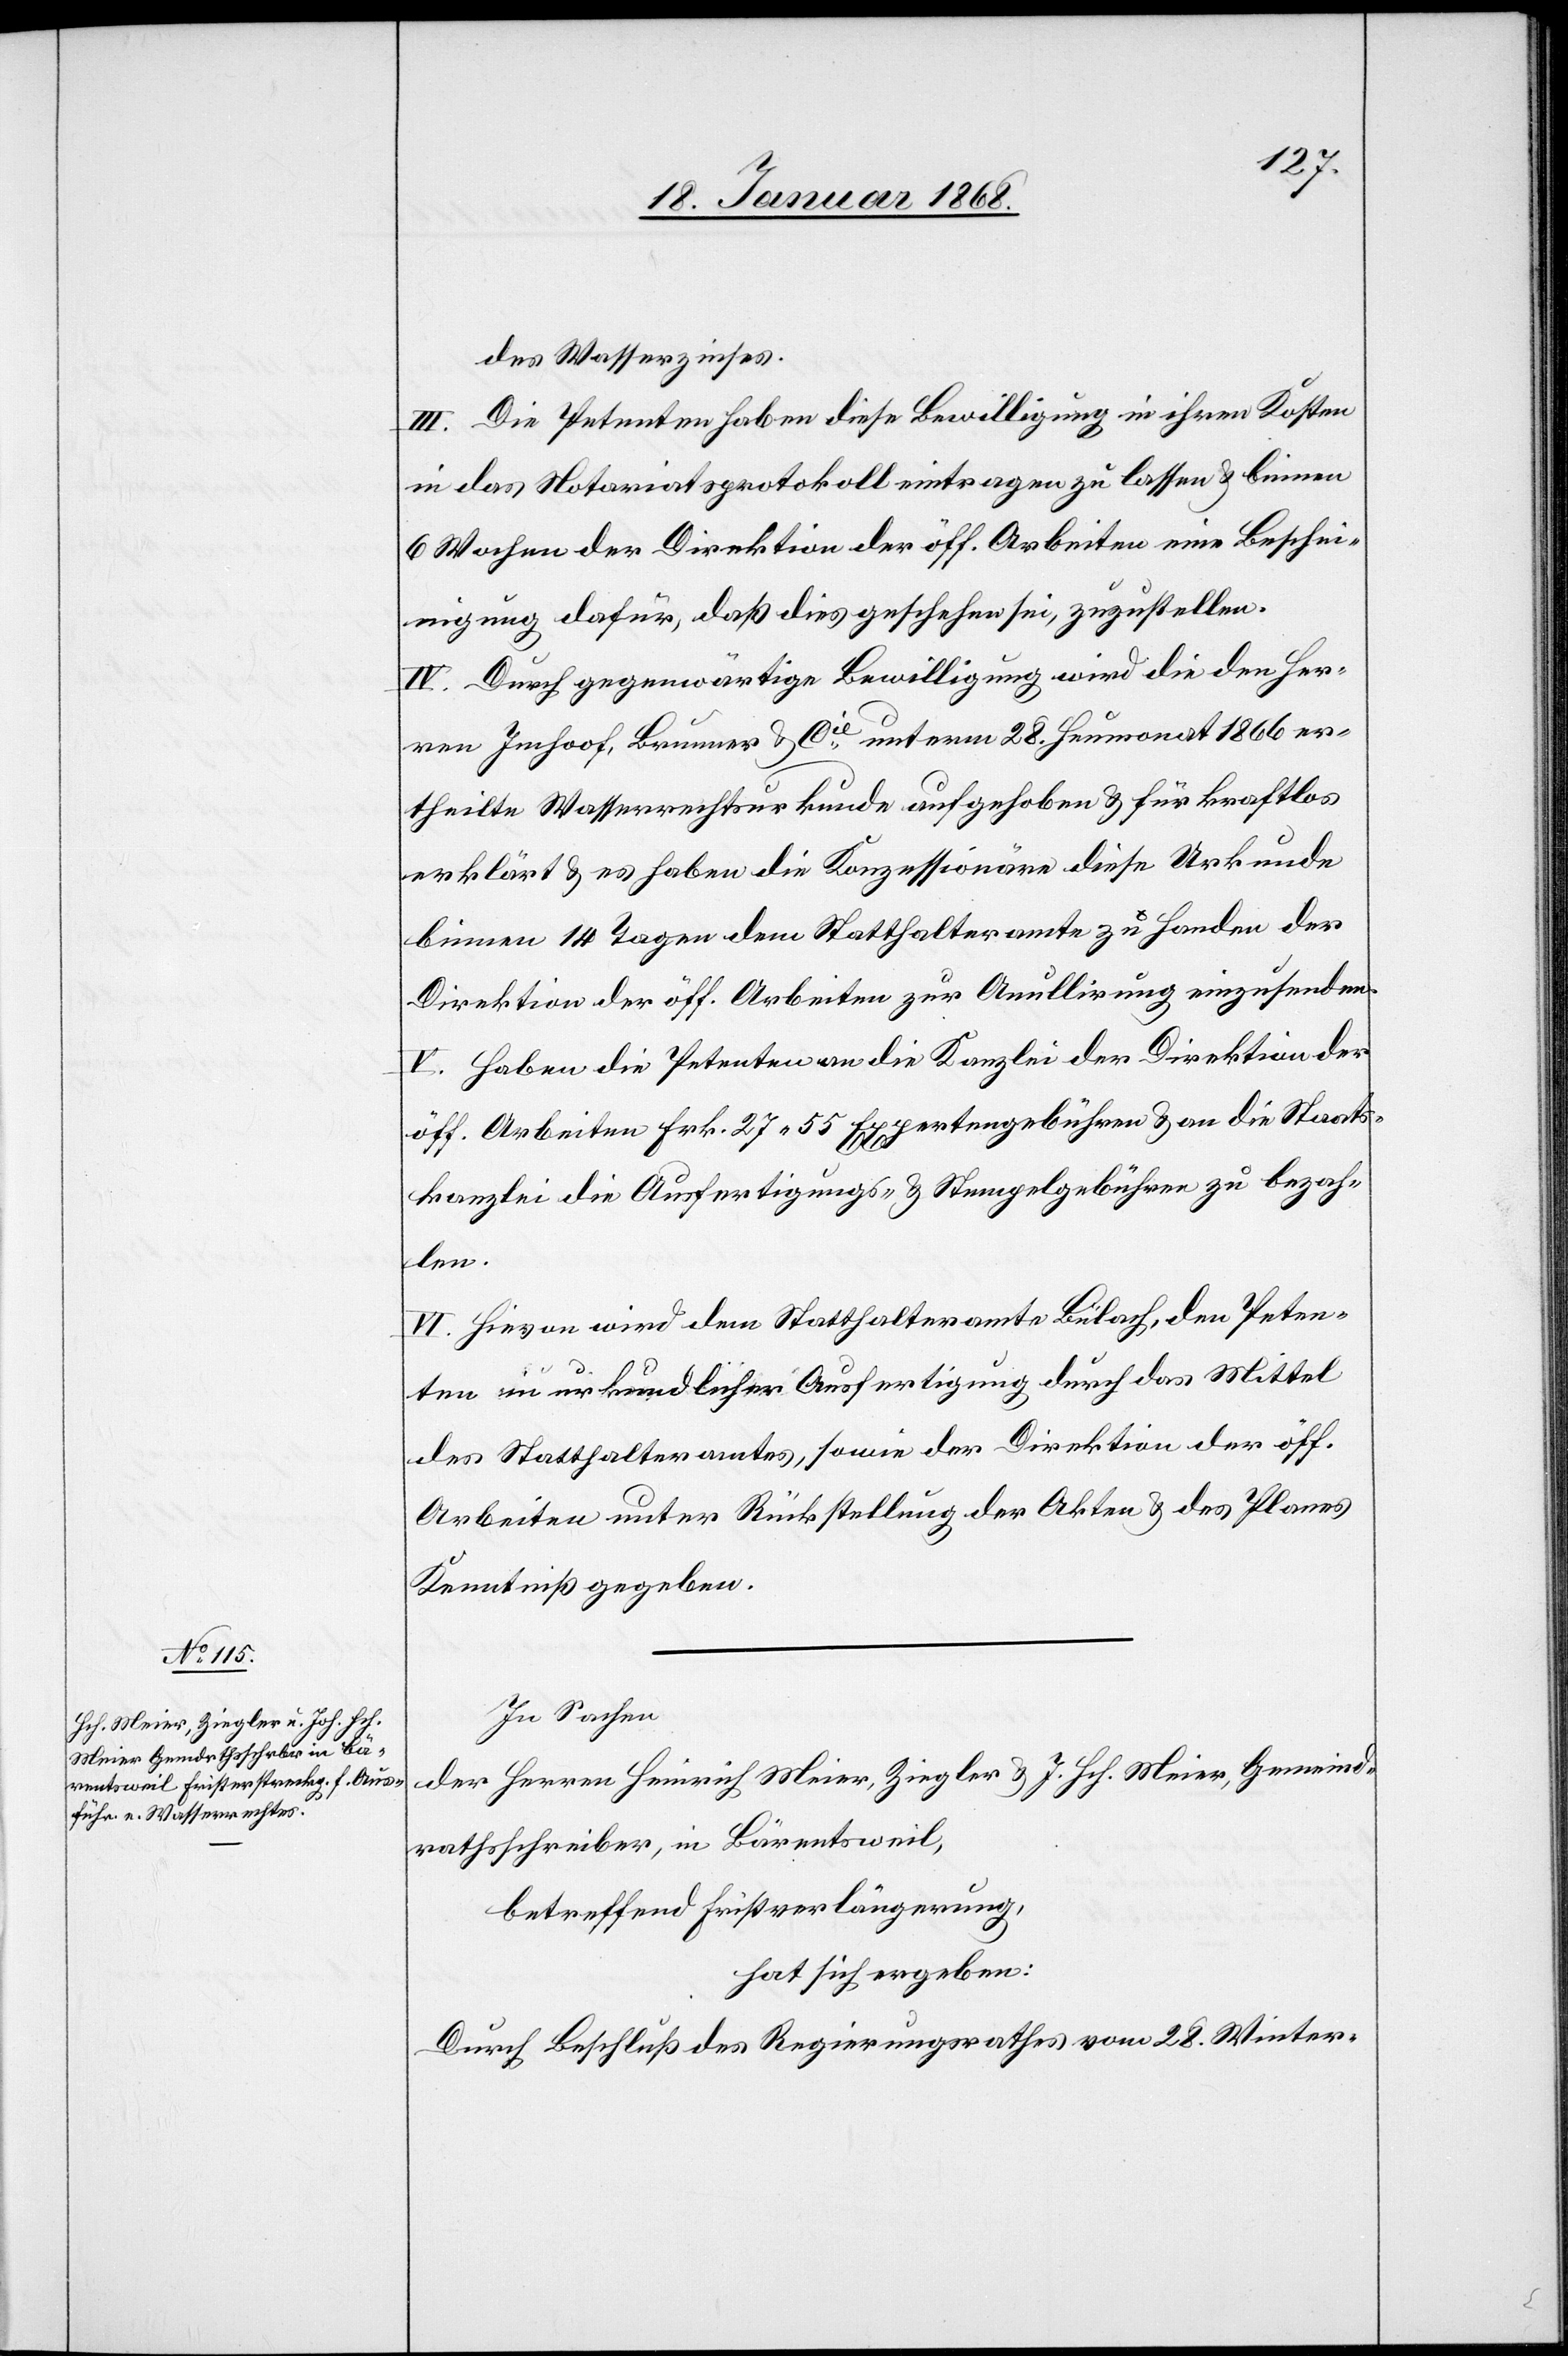
des Wasserzinses.
III. Die Petenten haben diese Bewilligung in ihren Kosten
in das Notariatsprotokoll eintragen zu lassen & binnen
6 Wochen der Direktion der öff. Arbeiten eine Beschei¬
nigung dafür, daß dies geschehen sei, zuzustellen.
IV. Durch gegenwärtige Bewilligung wird die den Her¬
ren Imhoof, Brunner & Cie. unterm 28. Heumonat 1866 er¬
theilte Wasserrechtsurkunde aufgehoben & für kraftlos
erklärt & es haben die Konzessionäre diese Urkunde
binnen 14 Tagen dem Statthalteramte zu Handen der
Direktion der öff. Arbeiten zur An[n]ullirung einzusenden.
V. Haben die Petenten an die Kanzlei der Direktion der
öff. Arbeiten Frk. 27 55 Expertengebühren & an die Staats¬
kanzlei die Ausfertigungs- & Stempelgebühren zu bezah¬
len.
VI. Hievon wird dem Statthalteramte Bülach, den Peten¬
ten in urkundlicher Ausfertigung durch das Mittel
des Statthalteramtes, sowie der Direktion der öff.
Arbeiten unter Rückstellung der Akten & des Planes
Kenntniß gegeben.
In Sachen
der Herren Heinrich Meier, Ziegler & J. Hch. Meier, Gemeind¬
rathsschreiber, in Bärentsweil,
betreffend Fristverlängerung,
hat sich ergeben:
Durch Beschluß des Regierungsrathes vom 28. Winter-